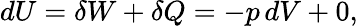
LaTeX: dU=\delta W+\delta Q=-p\, dV+0,